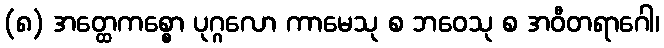
(၈) အတ္ထေကစ္စော ပုဂ္ဂလော ကာမေသု စ ဘဝေသု စ အဝီတရာဂေါ၊